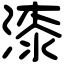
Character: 漆